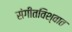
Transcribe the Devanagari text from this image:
संगीतविश्वात